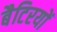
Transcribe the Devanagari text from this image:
बैटिरयों